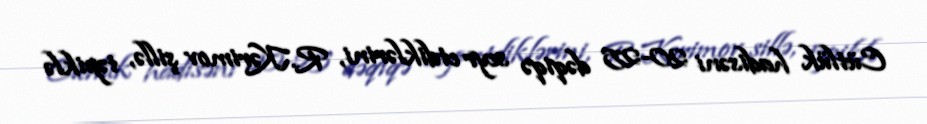
Cütlük hadisəni 20-25 dəqiqə seyr etdiklərini, R.Kərimov şillə, təpiklə